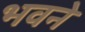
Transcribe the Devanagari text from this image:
भवने